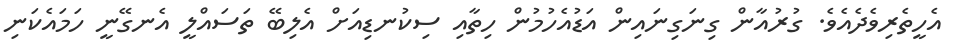
އެހީތެރިވެދެއެވެ. ގުރުއާން ގިނަގިނައިން އަޑުއެހުމުން ހިތާއި ސިކުނޑިއަށް އެލިބޭ ތަސައްލީ އެނގޭނީ ހަމައެކަނި